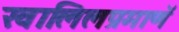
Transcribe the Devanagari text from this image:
खालिलप्रमाणॅ